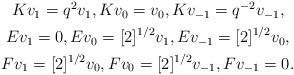
LaTeX: \begin{align*}\begin{gathered}K v_{1} = q^{2} v_{1}, K v_{0} = v_{0}, K v_{-1} = q^{-2} v_{-1}, \\E v_{1} = 0, E v_{0} = [2]^{1/2} v_{1}, E v_{-1} = [2]^{1/2} v_{0}, \\F v_{1} = [2]^{1/2} v_{0}, F v_{0} = [2]^{1/2} v_{-1}, F v_{-1} = 0.\end{gathered}\end{align*}